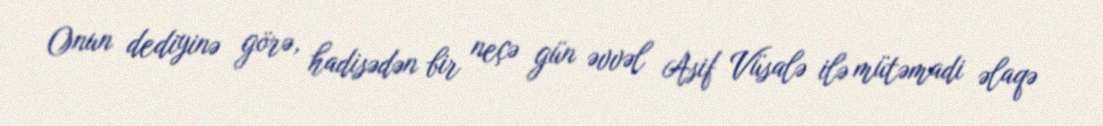
Onun dediyinə görə, hadisədən bir neçə gün əvvəl Asif Vüsalə ilə mütəmadi əlaqə